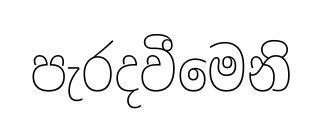
පැරදවීමෙනි